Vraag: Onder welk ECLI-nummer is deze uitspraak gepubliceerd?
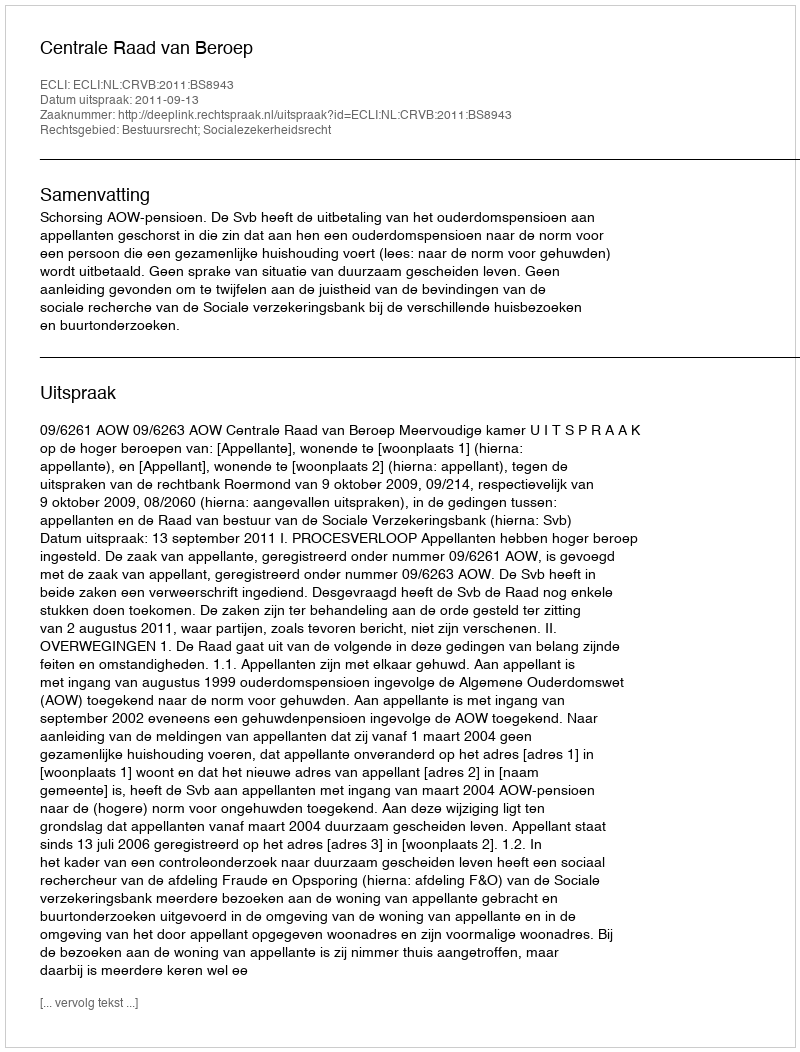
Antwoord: ECLI:NL:CRVB:2011:BS8943